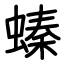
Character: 螓